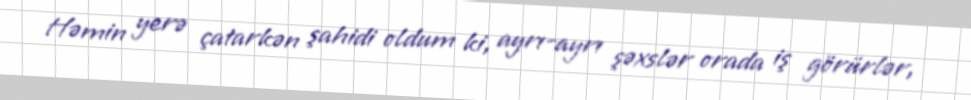
Həmin yerə çatarkən şahidi oldum ki, ayrı-ayrı şəxslər orada iş görürlər,